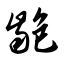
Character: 龅